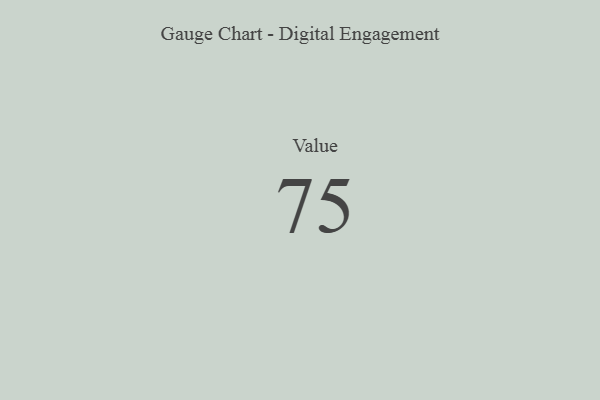
{"axis": {"x": "Metric", "y": "Value"}, "legend": [""], "data": [{"x": "Value", "y": 75, "type": ""}]}